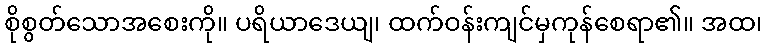
စိုစွတ်သောအစေးကို။ ပရိယာဒေယျ၊ ထက်ဝန်းကျင်မှကုန်စေရာ၏။ အထ၊